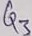
Text: Q3